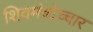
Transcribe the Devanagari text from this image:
शिवमंत्रोच्चार